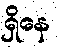
ရှိနေ